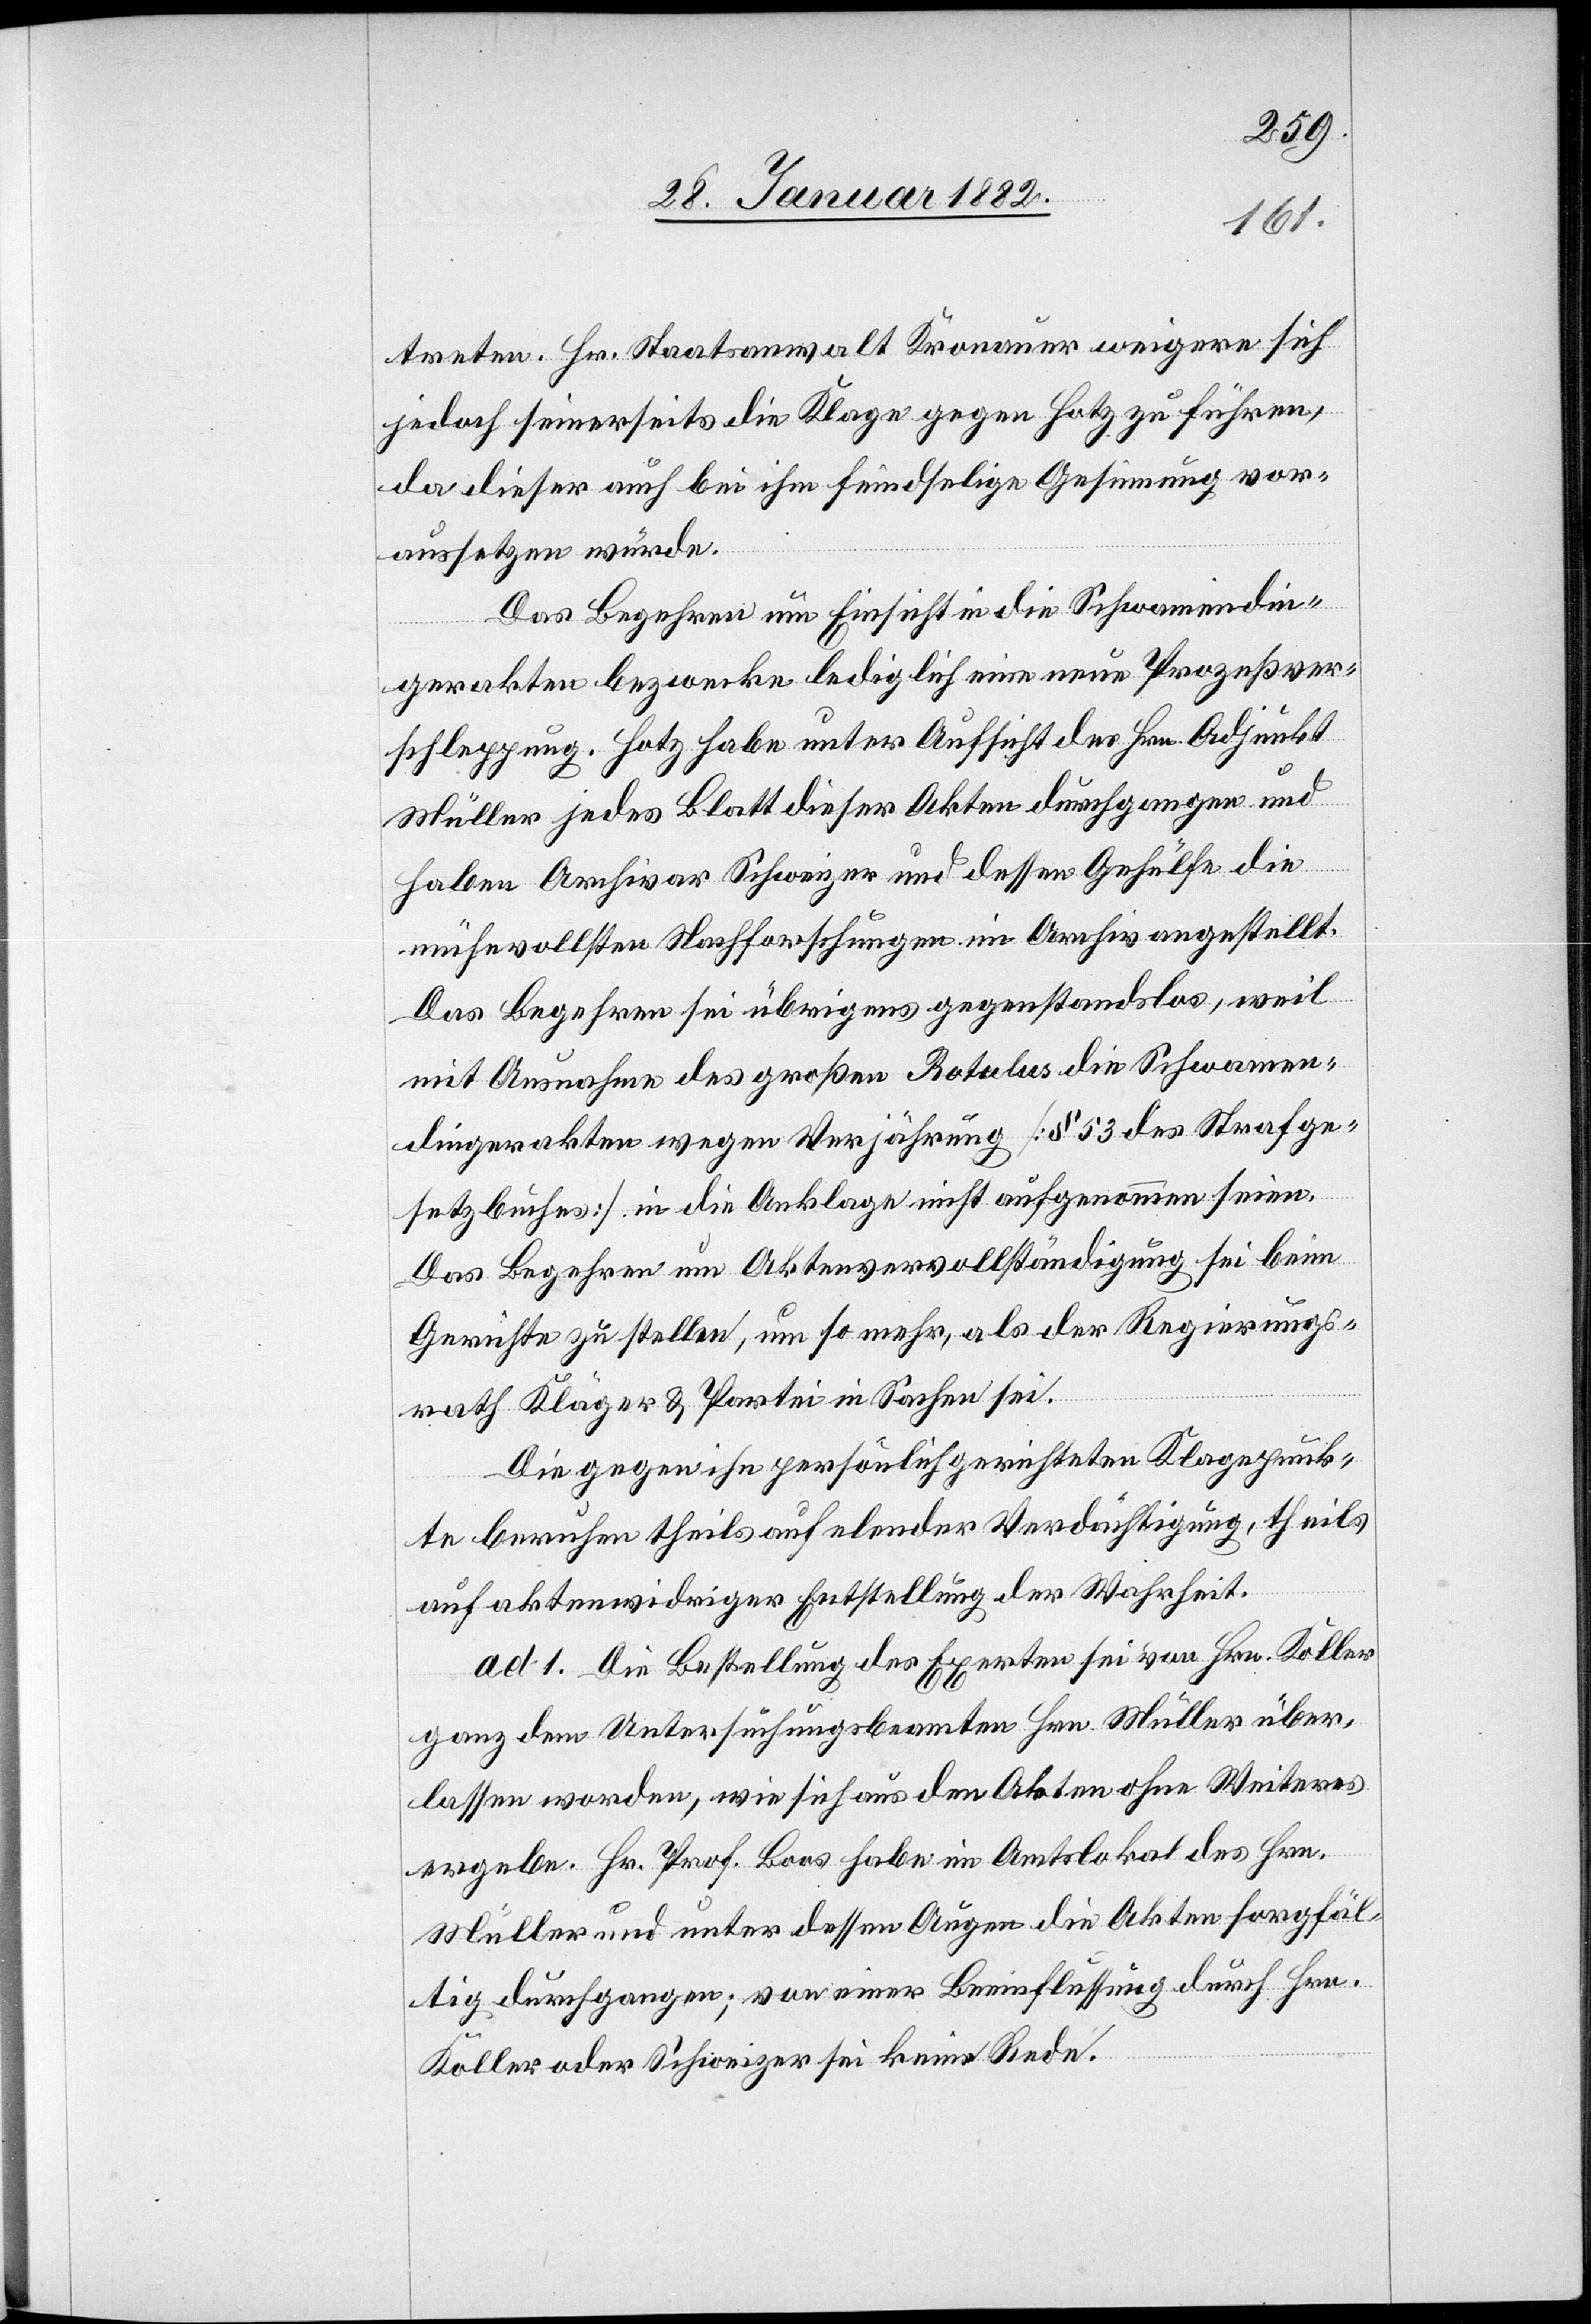
treten. Hr. Staatsanwalt Kronauer weigere sich
jedoch seinerseits die Klage gegen Hotz zu führen,
da dieser auch bei ihm feindselige Gesinnung vor¬
aussetzen würde.
Das Begehren um Einsicht in die Schwammendin¬
gerakten bezwecke lediglich eine neue Prozeßver¬
schleppung. Hotz habe unter Aufsicht des Hrn. Adjunkt
Müller jedes Blatt dieser Akten durchgegangen und
habe Archivar Schweizer und dessen Gehülfe die
mühevollsten Nachforschungen im Archiv angestellt.
Das Begehren sei übrigens gegenstandslos, weil
mit Ausnahme des großen Rotalas die Schwamme¬
dingerakten wegen Verjährung [§ 53 des Strafge¬
setzbuches] in die Anklage nicht aufgenommen seien.
Das Begehren um Aktenvervollständigung sei beim
Gerichte zu stellen, um so mehr, als der Regierungs¬
rath Kläger & Partei in Sachen sei.
Die gegen ihn persönlich gerichteten Klagepunk¬
te beruhen theils auf elender Verdächtigung, theils
auf aktenwidriger Entstellung der Wahrheit.
ad. 1. Die Bestellung des Experten sei von Hrn. Koller
ganz dem Untersuchungsbeamten Hrn. Müller über¬
lassen worden, wie sich aus den Akten ohne Weiteres
ergebe. Hr. Prof. Boos habe im Amtslokal des Hrn.
Müller und unter dessen Augen die Akten sorgfäl¬
tig durchgegangen; von einer Beeinflussung durch Hrn.
Koller oder Schweizer sei keine Rede.